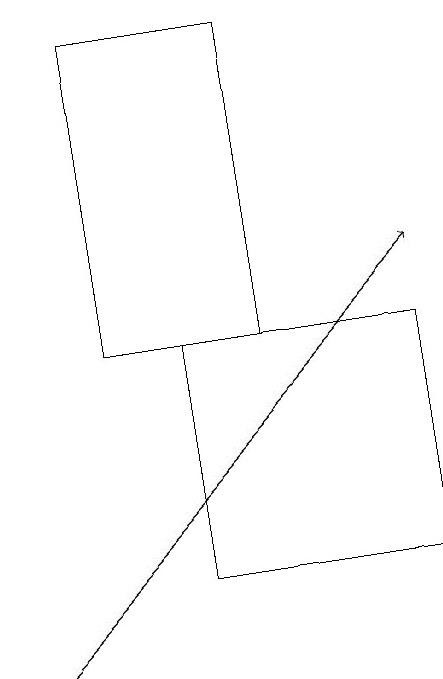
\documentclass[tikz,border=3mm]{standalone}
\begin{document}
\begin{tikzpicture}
\draw (2,19) rectangle (4,15);
\draw (6,12) rectangle (3,15);
\draw[->] (1,11) -- (6,16);
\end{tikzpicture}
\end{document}